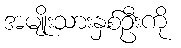
အမျိုးသားနှစ်ဦးကို